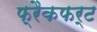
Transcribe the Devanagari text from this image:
फ्रैकफर्ट